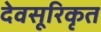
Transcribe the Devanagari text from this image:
देवसूरिकृत